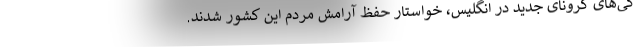
گی‌های کرونای جدید در انگلیس، خواستار حفظ آرامش مردم این کشور شدند.